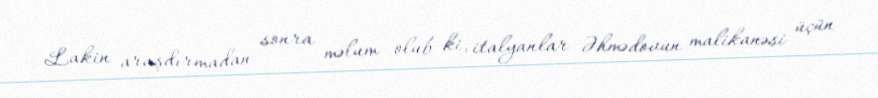
Lakin araşdırmadan sonra məlum olub ki, italyanlar Əhmədovun malikanəsi üçün